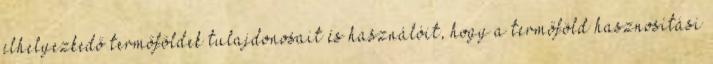
elhelyezkedő termőföldek tulajdonosait és használóit, hogy a termőföld hasznosítási